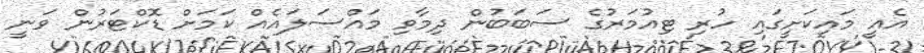
އެއީ މައިކަށީގައި ހުރި ޓިއުމަރުގެ ސަބަބުން ދިމާވި މައްސަލައެއް ކަމަށް ޑޮކްޓަރުން ވަނީ